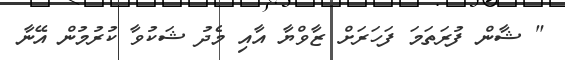
" ޝާން ފުރަތަމަ ފަހަރަށް ޒާވްޔާ އާއި މެދު ޝަކުވާ ކުރުމުން އޭނާ